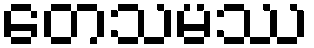
တေသမဿ